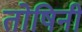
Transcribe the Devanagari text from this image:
तोषिनी